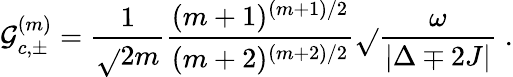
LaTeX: \mathcal{G}_{c,\pm}^{(m)}=\frac{{1}}{{\sqrt{}{{2m}}}}\frac{{(m+1)^{(m+1)/2}}}{{(m+2)^{(m+2)/2}}}\sqrt{}{{\frac{{\omega}}{{\vert{\Delta\mp2J}\vert}}}}\; .